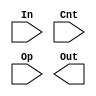
/*
    CS/ECE 552 Spring '19
    Homework #4, Problem 1
    
    A barrel shifter module.  It is designed to shift a number via rotate
    left, shift left, shift right arithmetic, or shift right logical based
    on the Op() value that is passed in (2 bit number).  It uses these
    shifts to shift the value any number of bits between 0 and 15 bits.
 */
module barrelShifter (In, Cnt, Op, Out);

   // declare constant for size of inputs, outputs (N) and # bits to shift (C)
   parameter   N = 16;
   parameter   C = 4;
   parameter   O = 2;

   input [N-1:0]   In;
   input [C-1:0]   Cnt;
   input [O-1:0]   Op;
   output [N-1:0]  Out;

   /* YOUR CODE HERE */
   
endmodule